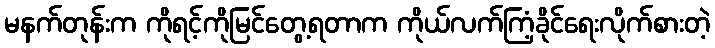
မနက်တုန်းက ကိုရင့်ကိုမြင်တွေ့ရတာက ကိုယ်လက်ကြံ့ခိုင်ရေးလိုက်စားတဲ့